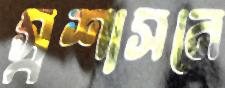
স্বশাসনে